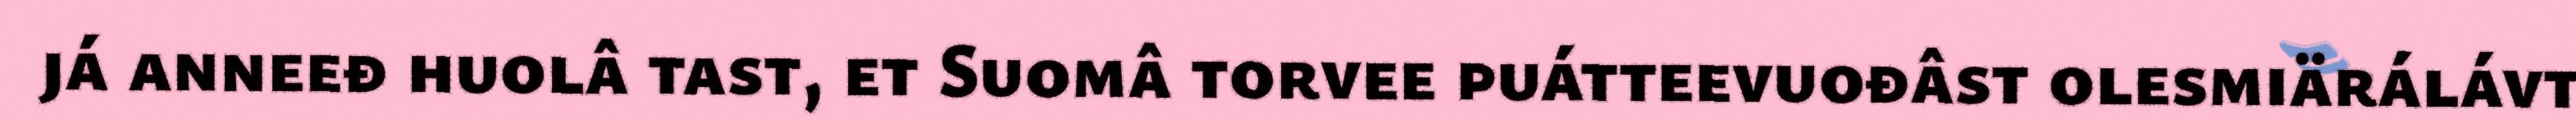
já anneeđ huolâ tast, et Suomâ torvee puátteevuođâst olesmiärálávt